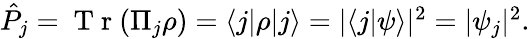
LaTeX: \begin{array}{r}{\hat{P}_{j}=\mathrm{~T~r~}(\Pi_{j}\rho)=\langle j|\rho|j\rangle=|\langle j|\psi\rangle|^{2}=|\psi_{j}|^{2}.}\end{array}